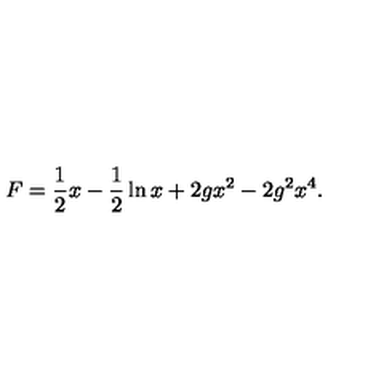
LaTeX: F = \frac { 1 } { 2 } x - \frac { 1 } { 2 } \ln x + 2 g x ^ { 2 } - 2 g ^ { 2 } x ^ { 4 } .